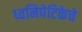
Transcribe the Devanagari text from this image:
ध्वनिपेटिकेचे